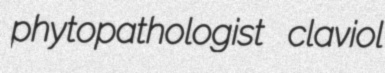
phytopathologist claviol